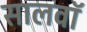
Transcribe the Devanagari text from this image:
सालवाॅ